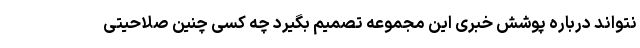
نتواند درباره پوشش خبری این مجموعه تصمیم بگیرد چه کسی چنین صلاحیتی